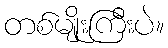
တစ်မျိုးကြီးပဲ။